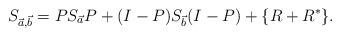
LaTeX: \begin{align*} S_{ \vec a, \vec b}= PS_{\vec a} P + (I-P)S_{\vec b} (I-P) + \{R+R^* \}.\end{align*}